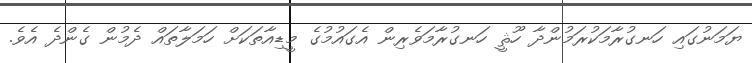
ޔަމަނުގައި ހަނގުރާމަކުރަމުންދާ ހޫޘީ ހަނގުރާމަވެރިން އެގައުމުގެ މީޑިއާތަކަށް ހަމަލާތައް ދެމުން ގެންދެ އެވެ.